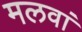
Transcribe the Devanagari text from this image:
मलवां